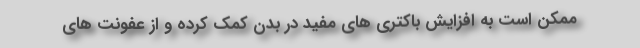
ممکن است به افزایش باکتری های مفید در بدن کمک کرده و از عفونت های